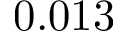
0 . 0 1 3